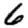
Digit: 6